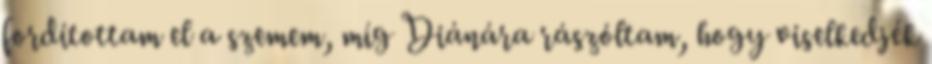
fordítottam el a szemem, míg Diánára rászóltam, hogy viselkedjék